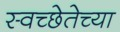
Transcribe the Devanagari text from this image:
स्वच्छेतेच्या